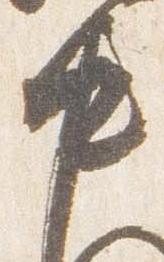
中